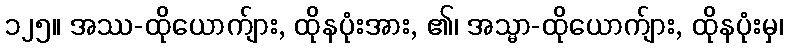
၁၂၅။ အဿ-ထိုယောက်ျား, ထိုနပုံးအား, ၏၊ အသ္မာ-ထိုယောက်ျား, ထိုနပုံးမှ၊